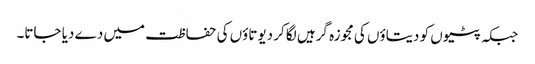
جبکہ پٹیوں کو دیتاؤں کی مجوزہ گرہیں لگا کر دیوتاؤں کی حفاظت میں دے دیا جاتا۔